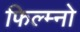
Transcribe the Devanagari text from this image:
फिल्म्नो